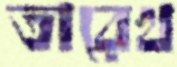
তারেখ